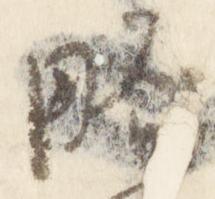
略